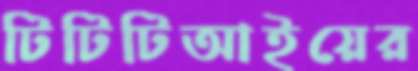
টিটিটিআইয়ের